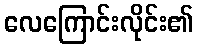
လေကြောင်းလိုင်း၏